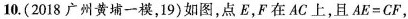
10.(2018广州黄埔一模，19)如图，点E，F在AC上，且AE=CF，